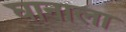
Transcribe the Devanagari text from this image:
घानाला